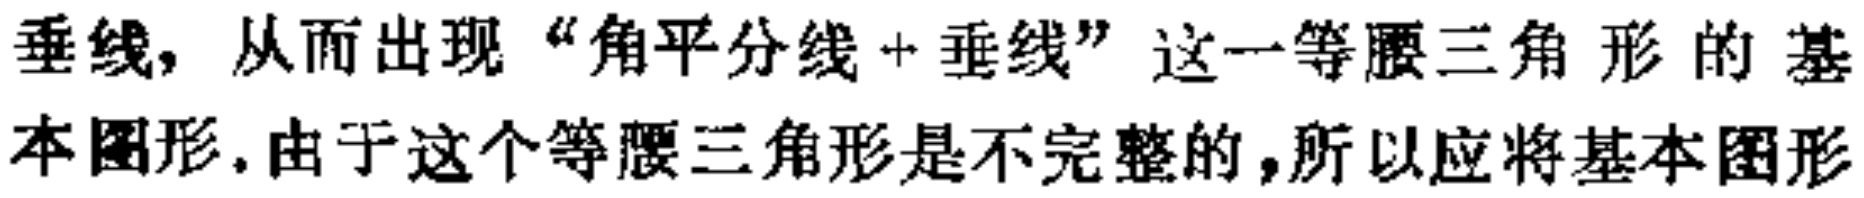
垂线，从而出现“角平分线+垂线”这一等腰三角形的基本图形.由于这个等腰三角形是不完整的，所以应将基本图形